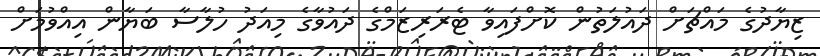
ޒިޔާދުގެ މައްޗަށް ދައުލަތުން ކޮށްފައިވާ ޓެރަރިޒަމްގެ ދައުވާގެ މިއަދު ހުލާސާ ބަޔާން އިއްވުމަށް